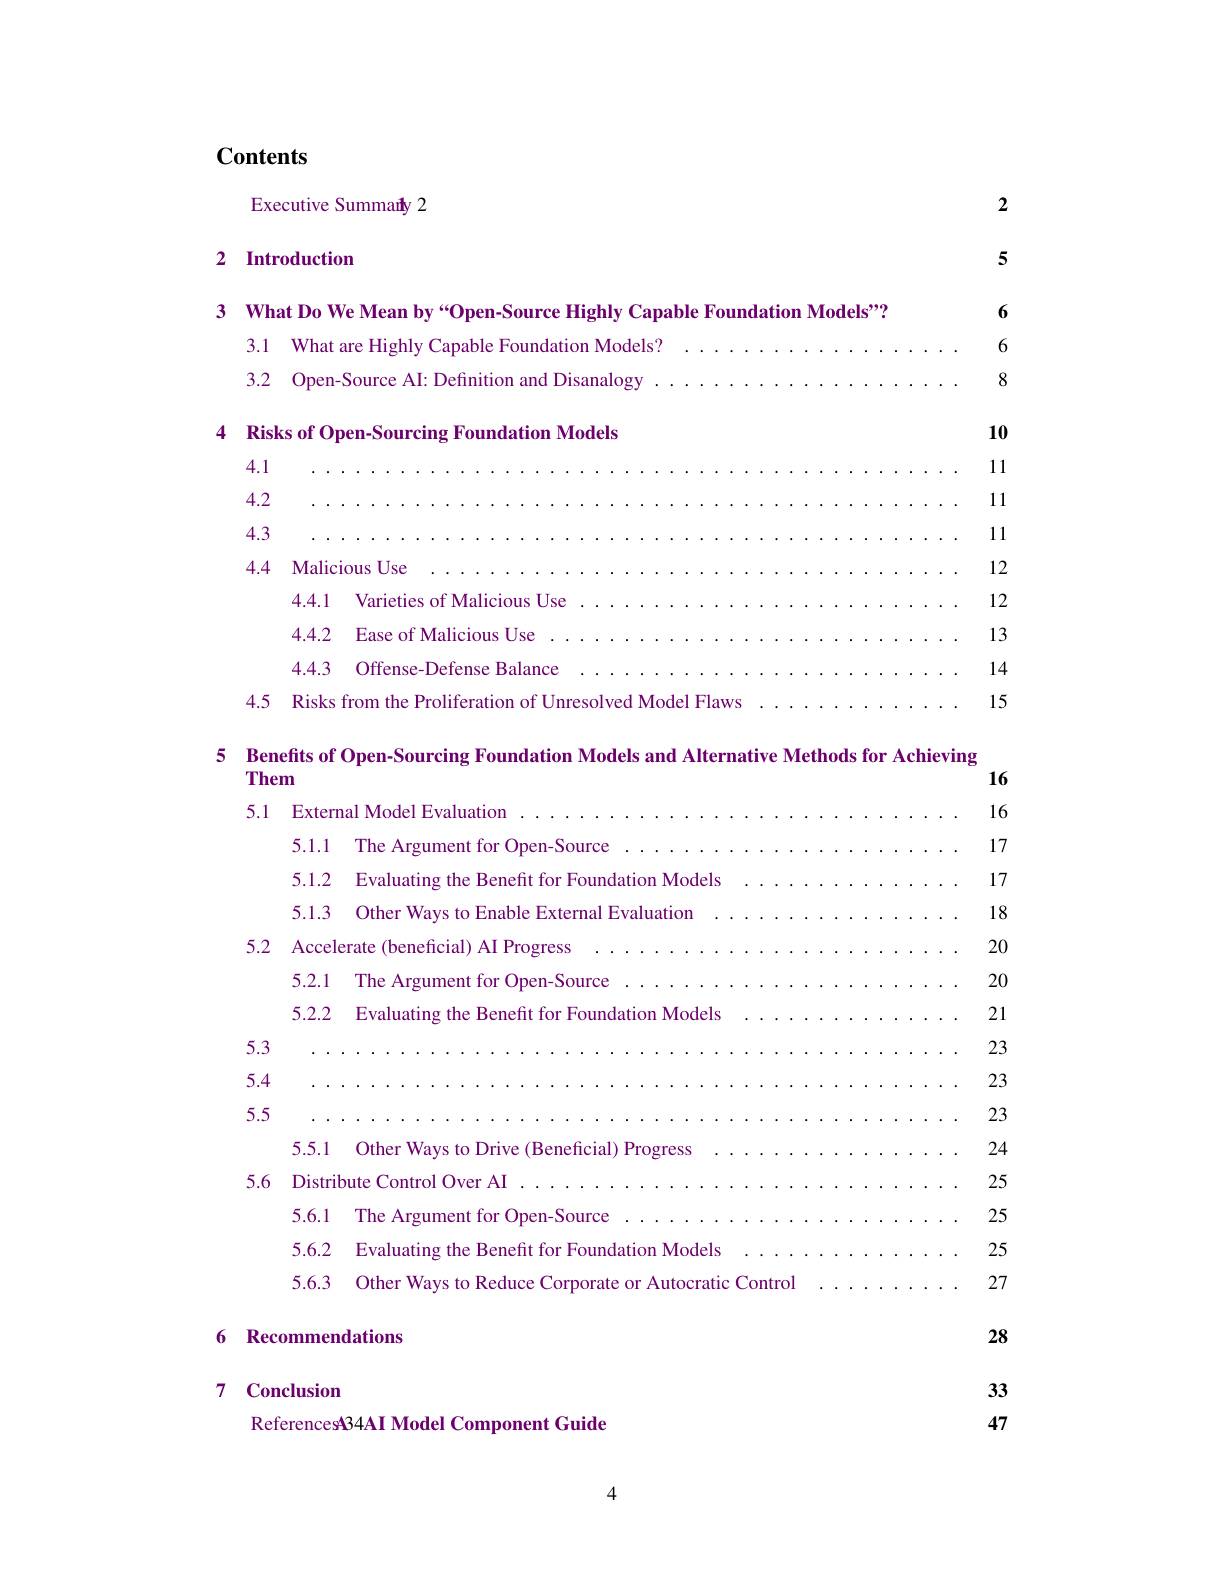
## Contents

2

Executive Summaiy 2

5

## 2 Introduction

3 What Do We Mean by“Open-Source Highly Capable Foundation Models"? 6

6

3.1 What are Highly Capable Foundation Models?
3.2 Open-Source AI: Definition and Disanalogy ...

8

4 Risks of Open-Sourcing Foundation Models

10

4.1
11
4.2
11
4.3
11
4.4 Malicious Use
1212
4.4.1 Varieties of Malicious Use
4.4.2 Ease of Malicious Use
13
4.4.3 Offense-Defense Balance
14
4.5 Risks from the Proliferation of Unresolved Model Flaws
15

5 Benefits of Open-Sourcing Foundation Models and Alternative Methods for Achieving

16

Them

16

5.1 External Model Evaluation

17

5.1.1 The Argument for Open-Source ..........

17

5.1.2 Evaluating the Benefit for Foundation Models

18

5.1.3 Other Ways to Enable External Evaluation

20

5.2 Accelerate (beneficial) AI Progress

20

5.2.1 The Argument for Open-Source ....

5.2.2 Evaluating the Benefit for Foundation Models

21

5.3
23
5.4
23
5.5
23
5.5.1 Other Ways to Drive (Beneficial) Progress
24
5.6 Distribute Control Over AI
25
5.6.1 The Argument for Open-Source
25
5.6.2 Evaluating the Benefit for Foundation Models .
25
5.6.3 Other Ways to Reduce Corporate or Autocratic Control
27

28

## 6 Recommendations

### 7 Conclusion

33

47

ReferencesA34AI Model Component Guide

4